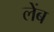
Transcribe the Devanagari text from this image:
लेंब